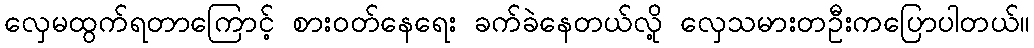
လှေမထွက်ရတာကြောင့် စားဝတ်နေရေး ခက်ခဲနေတယ်လို့ လှေသမားတဦးကပြောပါတယ်။